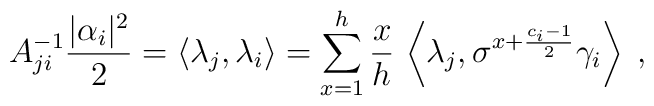
A_{ji}^{-1}\frac{|\alpha _{i}|^{2}}{2}=\left\langle \lambda _{j},\lambda_{i}\right\rangle =\sum_{x=1}^{h}\frac{x}{h}\,\left\langle \lambda_{j},\sigma ^{x+\frac{c_{i}-1}{2}}\gamma _{i}\right\rangle \;,